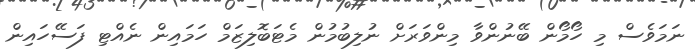
ނަމަވެސް މި ހޯމޯން ބޭނުންވާ މިންވަރަށް ނުލިބުމުން މެޓަބޮލިޒަމް ހަމައިން ނެއްޓި ފަސޭހައިން